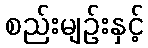
စည်းမျဉ်းနှင့်